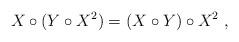
LaTeX: \begin{align*}X\circ (Y \circ X^2)= (X\circ Y) \circ X^2 \ ,\end{align*}